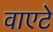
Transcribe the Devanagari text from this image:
वाएटे